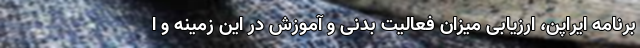
برنامه ایراپن، ارزیابی میزان فعالیت بدنی و آموزش در این زمینه و ا